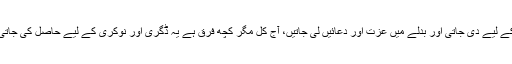
ایک زمانہ تھا جب تعلیم شعوروآگہی کے لیے دی جاتی اور بدلے میں عزت اور دعائیں لی جاتیں، آج کل مگر کچھ فرق ہے یہ ڈگری اور نوکری کے لیے حاصل کی جاتی ہے اور بدلے میں فیس دی جاتی ہے۔